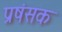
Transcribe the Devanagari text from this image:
प्रषंसक